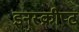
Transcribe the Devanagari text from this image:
इनस्क्रीप्ट